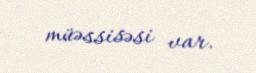
müəssisəsi var.